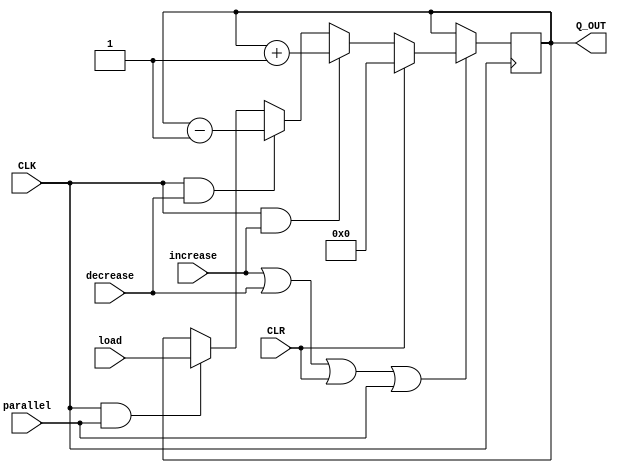
module counter_4bit
    (
        output reg [3:0] Q_OUT,
        input [3:0] load,
        input parallel,
        input increase, 
        input decrease, 
        input CLK, 
        input CLR
    );
    initial
    begin
        Q_OUT = 4'b0000;
    end
    
    always @(posedge CLK)
    begin
        if (increase == 1'b1 || decrease == 1'b1 || CLR == 1'b1 || parallel == 1'b1)
        begin
            if (CLR == 1'b1)
                Q_OUT[3:0] <= 4'b0000;
            else if (CLK == 1'b1 && increase == 1'b1)
               Q_OUT[3:0] <= Q_OUT[3:0] + 4'b0001;
            else if (CLK == 1'b1 && decrease == 1'b1)
               Q_OUT[3:0] <= Q_OUT[3:0] - 4'b0001;
            else if (CLK == 1'b1 && parallel == 1'b1)
               Q_OUT[3:0] <= load[3:0];
        end
    end
endmodule

module counter_6bit
    (
        output reg [5:0] Q_OUT,
        input [5:0] load,
        input parallel,
        input increase, 
        input decrease, 
        input CLK, 
        input CLR
    );
    initial
    begin
        Q_OUT = 6'b00_0000;
    end

    always @(posedge CLK)
    begin
        if (increase == 1'b1 || decrease == 1'b1 || CLR == 1'b1 || parallel == 1'b1)
        begin
            if (CLR == 1'b1)
                Q_OUT[5:0] <= 6'b00_0000;
            else if (CLK == 1'b1 && increase == 1'b1)
               Q_OUT[5:0] <= Q_OUT[5:0] + 6'b00_0001;
            else if (CLK == 1'b1 && decrease == 1'b1)
               Q_OUT[5:0] <= Q_OUT[5:0] - 6'b00_0001;
            else if (CLK == 1'b1 && parallel == 1'b1)
               Q_OUT[5:0] <= load[5:0];
        end
    end

endmodule
module counter_8bit
    (
        output reg [7:0] Q_OUT, 
        input EN, 
        input CLK, 
        input CLR
    );
    initial
    begin
        Q_OUT = 8'b0000_0000;
    end

    always @(posedge CLK)
    begin
        if (EN == 1'b1 | CLR == 1'b1)
        begin
            if (CLR == 1'b1)
                Q_OUT[7:0] <= 8'b0000_0000;
            else if (CLK == 1'b1)
                Q_OUT[7:0] <= Q_OUT[7:0] + 8'b0000_0001;
        end
    end
endmodule